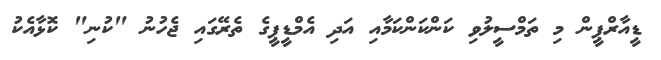
ޑީއާރްޕީން މި ތަމްސީލުވި ކަންކަންކަމާއި އަދި އެމްޑީޕީގެ ތެރޭގައި ޖެހުނު "ކުނި" ކޮޅާއެކު